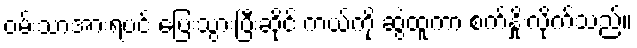
ဝမ်းသာအားရပင် ပြေးသွားပြီးဆိုင် ကယ်ကို ဆွဲထူကာ စက်နှိုးလိုက်သည်။